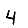
Digit: 4